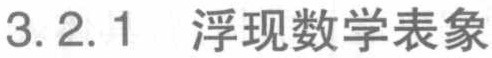
3.2.1 浮现数学表象